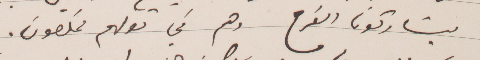
يشاركونا الفرح وهم في توقهم مخلصون.